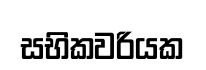
සභිකවරියක